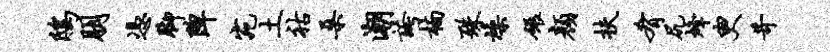
鸱朋凭脚陴宛土祜桑潮夸楠殊燥碾颜扶肴尻烽臾苛